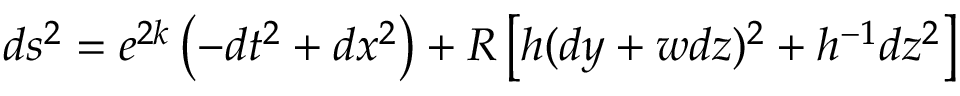
d s ^ { 2 } = e ^ { 2 k } \left( - d t ^ { 2 } + d x ^ { 2 } \right) + R \left[ h ( d y + w d z ) ^ { 2 } + h ^ { - 1 } d z ^ { 2 } \right]